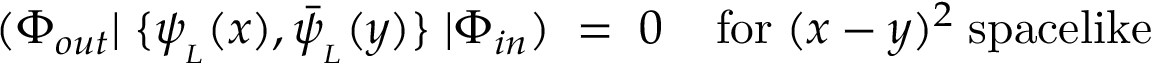
( \Phi _ { o u t } | \; \{ \psi _ { _ { L } } ( x ) , \bar { \psi } _ { _ { L } } ( y ) \} \; | \Phi _ { i n } ) \; = \; 0 \; \; \; \; \mathrm { f o r } \; ( x - y ) ^ { 2 } \; \mathrm { s p a c e l i k e }